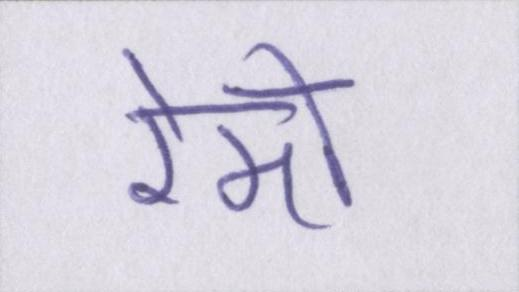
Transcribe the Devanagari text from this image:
रेमो